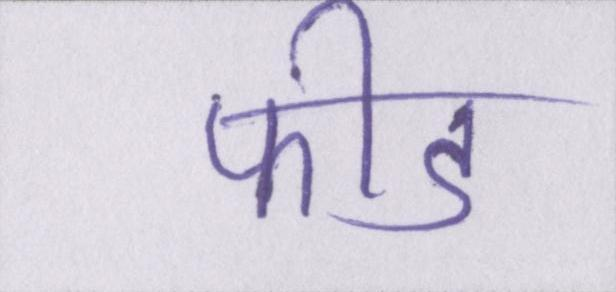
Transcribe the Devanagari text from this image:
फीड